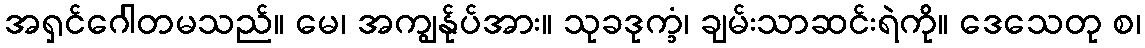
အရှင်ဂေါတမသည်။ မေ၊ အကျွန်ုပ်အား။ သုခဒုက္ခံ၊ ချမ်းသာဆင်းရဲကို။ ဒေသေတု စ၊